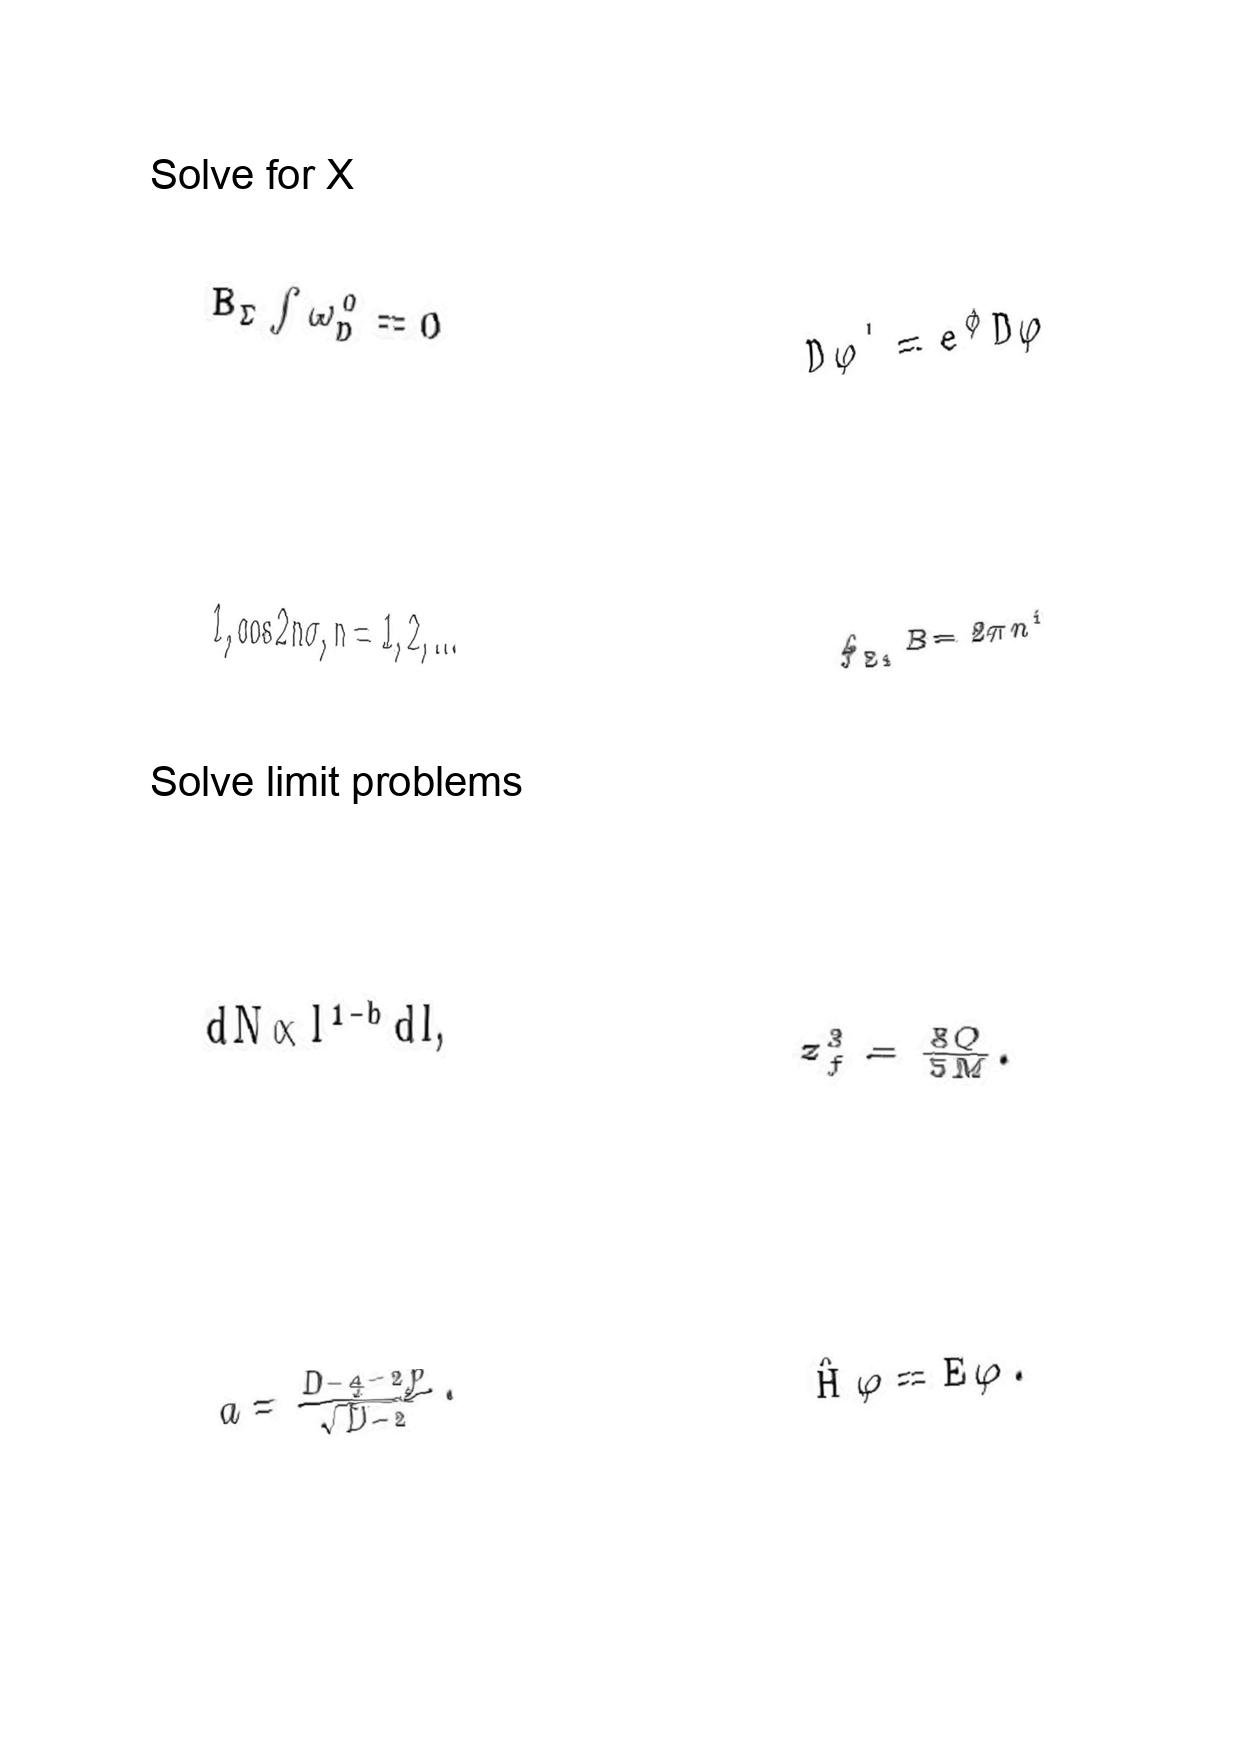
LaTeX transcription:
B _ { \Sigma } \int \omega _ { D } ^ { 0 } = 0
1 , \cos 2 n \sigma , n = 1 , 2 , . . .
d N \propto l ^ { 1 - b } d l ,
a = \frac { D - 4 - 2 p } { \sqrt { D - 2 } } .
D \varphi ^ { \prime } = e ^ { \phi } D \varphi
\oint _ { \Sigma _ { I } } B = 2 \pi n ^ { I }
z _ { f } ^ { 3 } = \frac { 8 Q } { 5 M } .
\hat { H } \varphi = E \varphi .